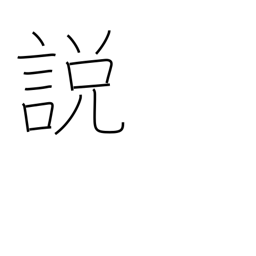
Meaning: theory